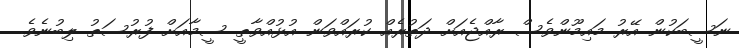
ނަސީބަކުން އޭރު މައިމޫންވެސް ރާއްޖެއަށް ދަތުރެއް ކުރައްވަން އުޅުއްވާތީ ސީމާއަށް ފުރުސަތު ލިބުނެވެ.